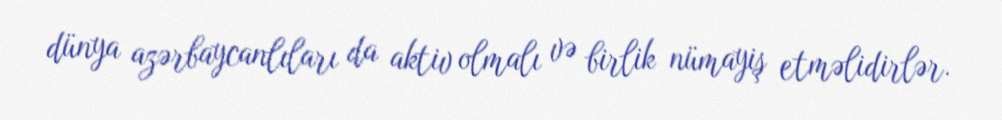
dünya azərbaycanlıları da aktiv olmalı və birlik nümayiş etməlidirlər.